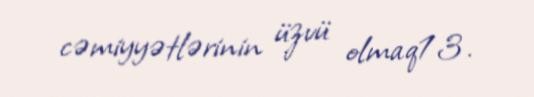
cəmiyyətlərinin üzvü olmaq13.